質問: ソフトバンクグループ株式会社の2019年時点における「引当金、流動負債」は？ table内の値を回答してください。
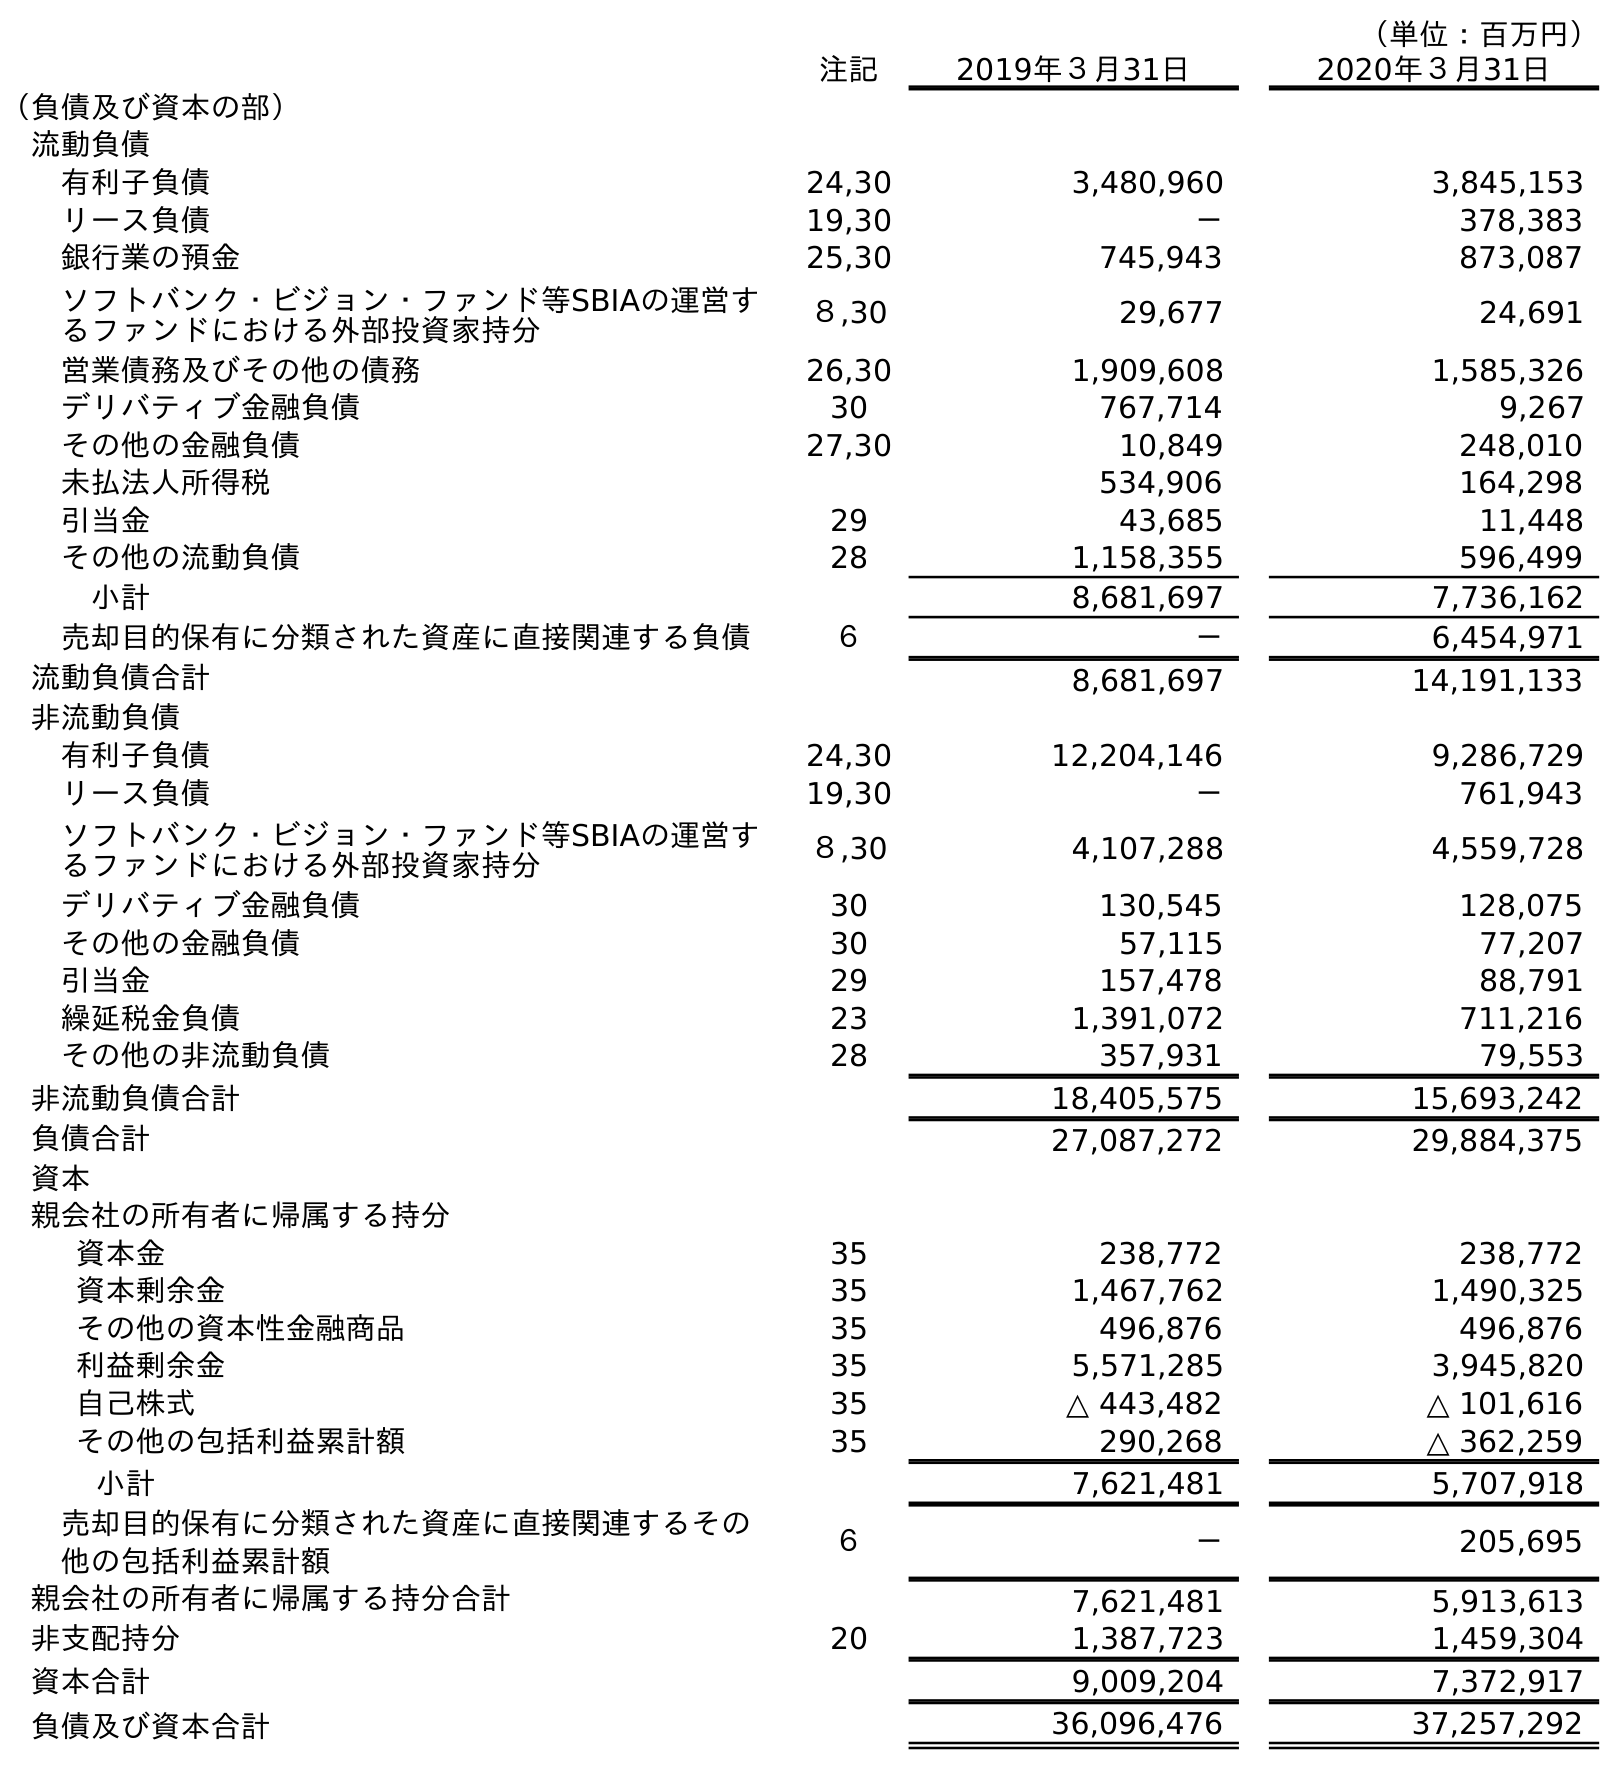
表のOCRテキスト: （単位：百万円） 注記 2019年３月31日 2020年３月31日 （負債及び資本の部） 流動負債 有利子負債 24,30 3,480,960 3,845,153 リース負債 19,30 － 378,383 銀行業の預金 25,30 745,943 873,087 ソフトバンク・ビジョン・ファンド等SBIAの運営す るファンドにおける外部投資家持分 ８,30 29,677 24,691 営業債務及びその他の債務 26,30 1,909,608 1,585,326 デリバティブ金融負債 30 767,714 9,267 その他の金融負債 27,30 10,849 248,010 未払法人所得税 534,906 164,298 引当金 29 43,685 11,448 その他の流動負債 28 1,158,355 596,499 小計 8,681,697 7,736,162 売却目的保有に分類された資産に直接関連する負債 ６ － 6,454,971 流動負債合計 8,681,697 14,191,133 非流動負債 有利子負債 24,30 12,204,146 9,286,729 リース負債 19,30 － 761,943 ソフトバンク・ビジョン・ファンド等SBIAの運営す るファンドにおける外部投資家持分 ８,30 4,107,288 4,559,728 デリバティブ金融負債 30 130,545 128,075 その他の金融負債 30 57,115 77,207 引当金 29 157,478 88,791 繰延税金負債 23 1,391,072 711,216 その他の非流動負債 28 357,931 79,553 非流動負債合計 18,405,575 15,693,242 負債合計 27,087,272 29,884,375 資本 親会社の所有者に帰属する持分 資本金 35 238,772 238,772 資本剰余金 35 1,467,762 1,490,325 その他の資本性金融商品 35 496,876 496,876 利益剰余金 35 5,571,285 3,945,820 自己株式 35 △ 443,482 △ 101,616 その他の包括利益累計額 35 290,268 △ 362,259 小計 7,621,481 5,707,918 売却目的保有に分類された資産に直接関連するその 他の包括利益累計額 ６ － 205,695 親会社の所有者に帰属する持分合計 7,621,481 5,913,613 非支配持分 20 1,387,723 1,459,304 資本合計 9,009,204 7,372,917 負債及び資本合計 36,096,476 37,257,292
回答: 43,685